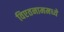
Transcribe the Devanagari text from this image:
विएतनाममध्ये